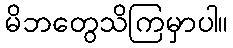
မိဘတွေသိကြမှာပါ။